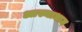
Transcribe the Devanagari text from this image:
आस्थाधाम